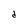
Character: d